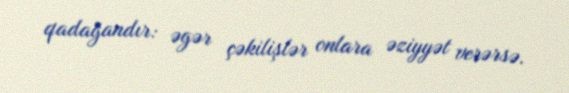
qadağandır: əgər çəkilişlər onlara əziyyət verərsə.